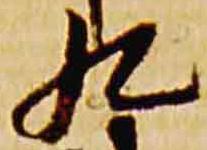
九